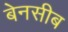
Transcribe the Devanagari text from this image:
बेनसीब